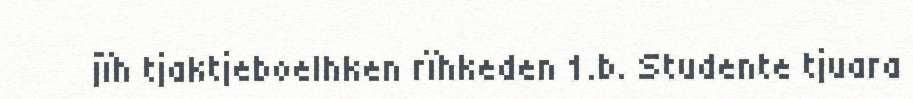
jïh tjaktjeboelhken rïhkeden 1.b. Studente tjuara